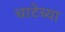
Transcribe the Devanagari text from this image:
चाटेच्या